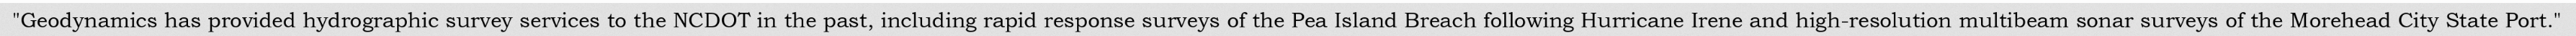
"Geodynamics has provided hydrographic survey services to the NCDOT in the past, including rapid response surveys of the Pea Island Breach following Hurricane Irene and high-resolution multibeam sonar surveys of the Morehead City State Port."